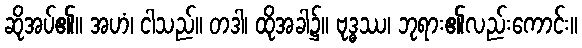
ဆိုအပ်၏။ အဟံ၊ ငါသည်။ တဒါ၊ ထိုအခါ၌။ ဗုဒ္ဓဿ၊ ဘုရား၏လည်းကောင်း။